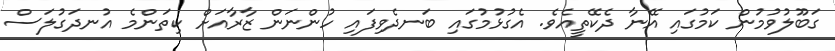
ގަބޫލުވުމުން ކަމުގައި އޭނާ ދެކޭތީއެވެ. އެގުޅުމުގައި ބަނދެވިފައި ހުންނަން ޒާރާއަށް ކިތަންމެ އުނދަގުލަސް